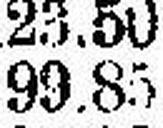
99.85